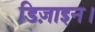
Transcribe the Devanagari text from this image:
डिज़ाइन।